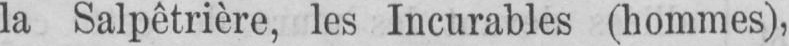
la Salpêtrière, les Incurables (hommes),